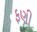
ફણી